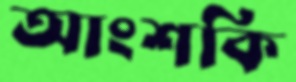
আংশকি